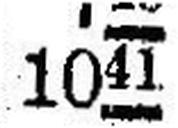
1041